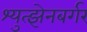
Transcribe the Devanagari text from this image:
श्युत्झेनबर्गर